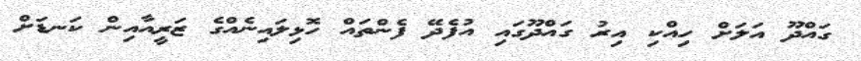
ގައްދޫ އަލަށް ހިއްކި އިރު ގައްދޫގައި އުފެދޭ ފެންތައް ހޮޅިލައިނެއްގެ ޒަރީއާއިން ކަނޑަށް